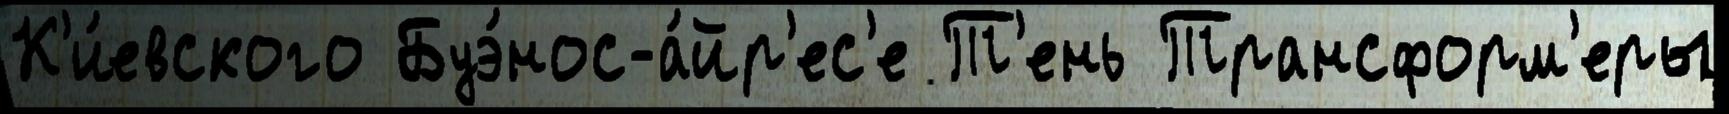
К'и́евского Буэ́нос-а́йр'ес'е Т'ень Трансформ'еры